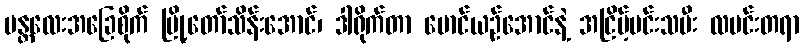
မန္တလေးအခြေစိုက် မြို့တော်သိန်းအောင်၊ ဒါရိုက်တာ မောင်ယဉ်အောင်နဲ့ အငြိမ့်မင်းသမီး လမင်းတရာ